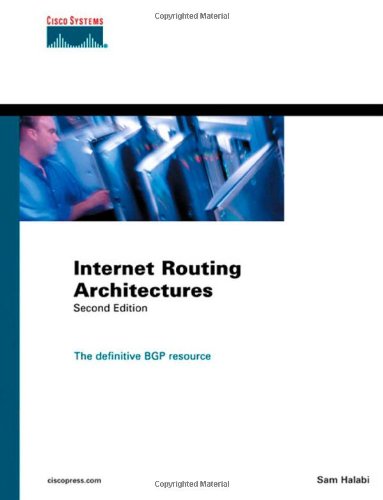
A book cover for Internet Routing Architectures (2nd Edition); Sam Halabi; Computers & Technology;